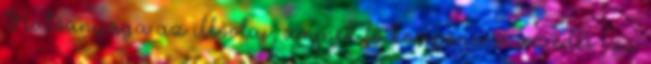
Hatóanyaga az illóolaj, aminek fő komponense az édes ízű